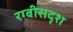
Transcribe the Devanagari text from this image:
रग्बीसदृश